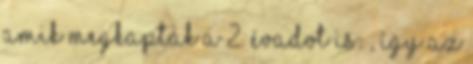
amik megkapták a 2. évadot is: , így az